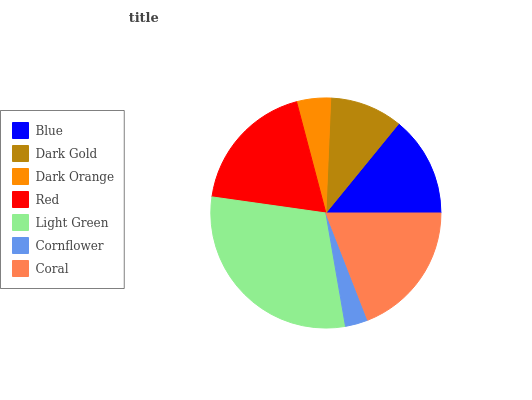
| Blue | Dark Gold | Dark Orange | Red | Light Green | Cornflower | Coral |
 | --- | --- | --- | --- | --- | --- | --- |
 | 14.1% | 10.2% | 4.78% | 18.6% | 29.9% | 3.2% | 19.1% |